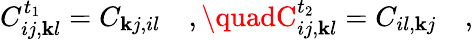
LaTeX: C_{ij,\mathbf{k}l}^{t_{1}}=C_{\mathbf{k}j,il}\quad,\quadC_{ij,\mathbf{k}l}^{t_{2}}=C_{il,\mathbf{k}j}\quad,